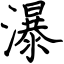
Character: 瀑